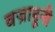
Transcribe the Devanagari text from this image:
वज्राहूनी